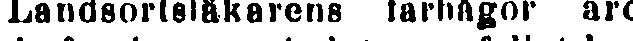
Landsortsläkarens farhågor äro